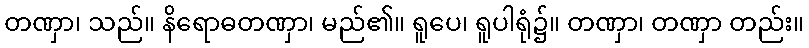
တဏှာ၊ သည်။ နိရောဓတဏှာ၊ မည်၏။ ရူပေ၊ ရူပါရုံ၌။ တဏှာ၊ တဏှာ တည်း။